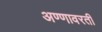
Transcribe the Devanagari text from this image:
अण्णावरती